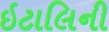
ઇટાલિની